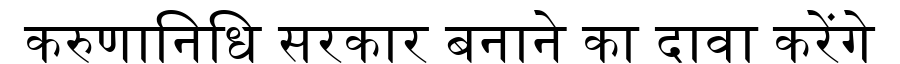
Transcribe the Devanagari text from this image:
करुणानिधि सरकार बनाने का दावा करेंगे